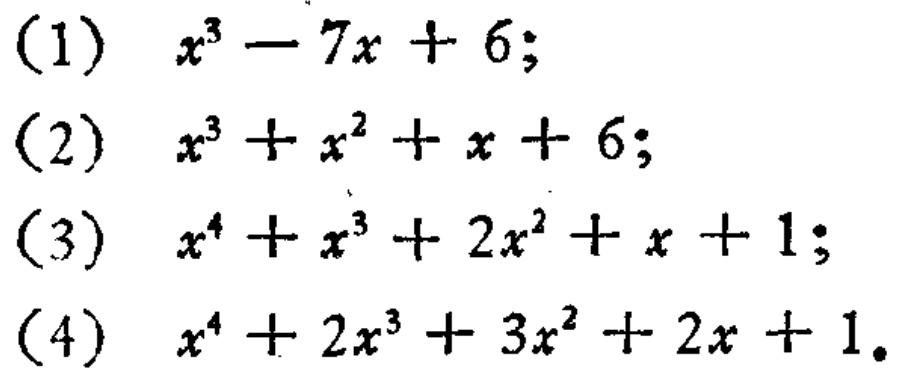
(1) \(x^{3}-7x + 6\);

(2) \(x^{3}+x^{2}+x + 6\);

(3) \(x^{4}+x^{3}+2x^{2}+x + 1\);

(4) \(x^{4}+2x^{3}+3x^{2}+2x + 1\)